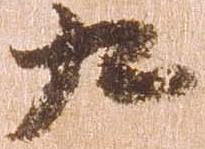
九